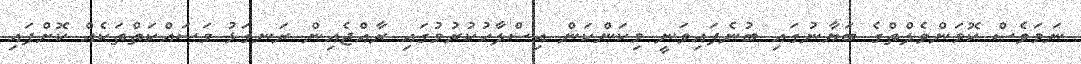
ނަމަވެސް ކޮމަންވެލްތްގެ ބަޔާނުގައި ބުނެފައިވަނީ މިކަންކަން އިސްލާހުކުރުމުގައި ރާއްޖެއިން ރަނގަޅު މަސައްކަތްތަކެއް ކޮށްފައި